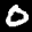
Label: 0